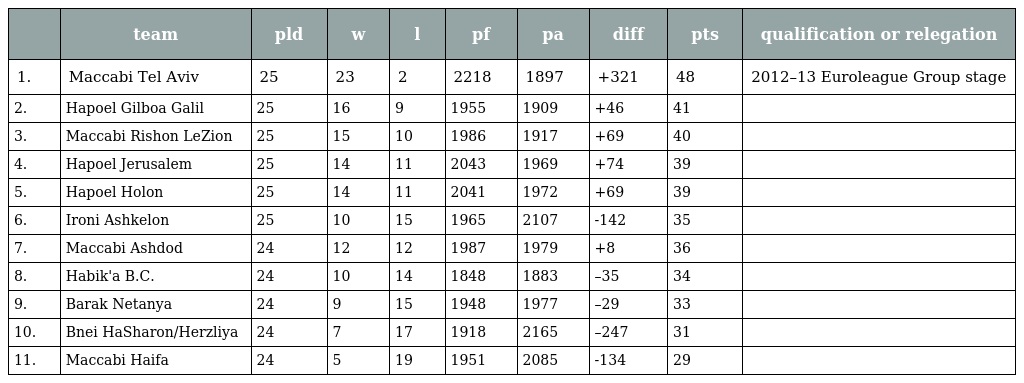
|  | team | pld | w | l | pf | pa | diff | pts | qualification or relegation |
 | --- | --- | --- | --- | --- | --- | --- | --- | --- | --- |
 | 1. | Maccabi Tel Aviv | 25 | 23 | 2 | 2218 | 1897 | +321 | 48 | 2012–13 Euroleague Group stage |
 | 2. | Hapoel Gilboa Galil | 25 | 16 | 9 | 1955 | 1909 | +46 | 41 |  |
 | 3. | Maccabi Rishon LeZion | 25 | 15 | 10 | 1986 | 1917 | +69 | 40 |  |
 | 4. | Hapoel Jerusalem | 25 | 14 | 11 | 2043 | 1969 | +74 | 39 |  |
 | 5. | Hapoel Holon | 25 | 14 | 11 | 2041 | 1972 | +69 | 39 |  |
 | 6. | Ironi Ashkelon | 25 | 10 | 15 | 1965 | 2107 | -142 | 35 |  |
 | 7. | Maccabi Ashdod | 24 | 12 | 12 | 1987 | 1979 | +8 | 36 |  |
 | 8. | Habik'a B.C. | 24 | 10 | 14 | 1848 | 1883 | –35 | 34 |  |
 | 9. | Barak Netanya | 24 | 9 | 15 | 1948 | 1977 | –29 | 33 |  |
 | 10. | Bnei HaSharon/Herzliya | 24 | 7 | 17 | 1918 | 2165 | –247 | 31 |  |
 | 11. | Maccabi Haifa | 24 | 5 | 19 | 1951 | 2085 | -134 | 29 |  |